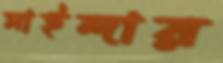
মাইন্দার